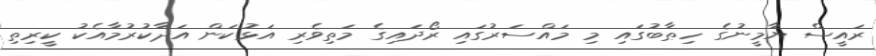
ރައީސް ޔާމީނުގެ ހިޠާބުގައި މި މައްސަރުގައި ރޯދައިގެ މަތިވެރި އަޅުކަން އަދާކުރުމާއެކު ކީރިތި